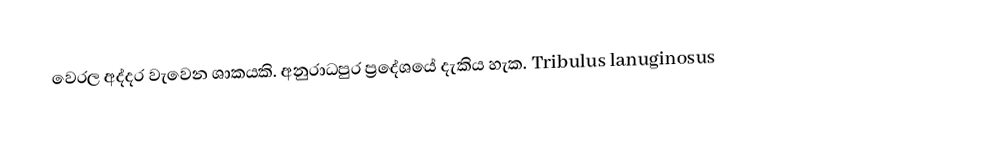
වෙරල අද්දර වැවෙන ශාකයකි. අනුරාධපුර ප්‍රදේශයේ දැකිය හැක. Tribulus lanuginosus